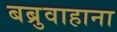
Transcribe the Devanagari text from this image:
बब्रुवाहाना